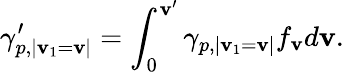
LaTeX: \gamma_{p,|\mathbf{v}_{1}=\mathbf{v}|}^{\prime}=\int_{0}^{\mathbf{v}^{\prime}}\gamma_{p,|\mathbf{v}_{1}=\mathbf{v}|}f_{\mathbf{v}}d\mathbf{v}.